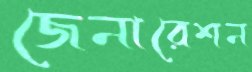
জেনারেশন